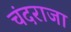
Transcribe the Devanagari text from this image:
चंदराजा